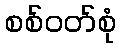
စစ်ဝတ်စုံ